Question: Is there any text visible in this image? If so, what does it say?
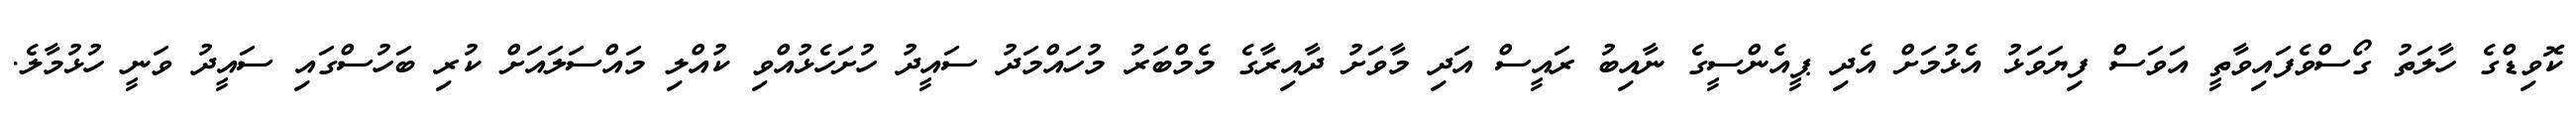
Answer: ކޮވިޑްގެ ހާލަތު ގޯސްވެފައިވާތީ އަވަސް ފިޔަވަޅު އެޅުމަށް އެދި ޕީއެންސީގެ ނާއިބު ރައީސް އަދި މާވަށު ދާއިރާގެ މެމްބަރު މުހައްމަދު ސައީދު ހުށަހެޅުއްވި ކުއްލި މައްސަލައަށް ކުރި ބަހުސްގައި ސައީދު ވަނީ ހުޅުމާލެ.